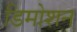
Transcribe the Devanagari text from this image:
डिमोशन